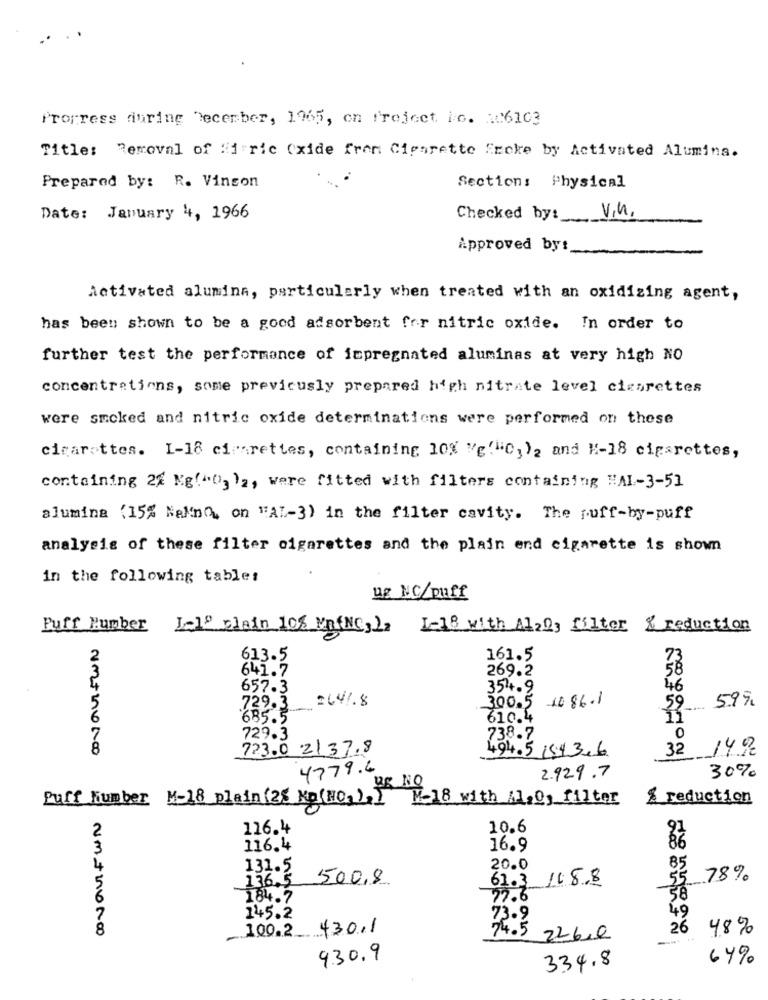
Propress during December, 1965, on freject ic. 106103
Title: Removal of fi ric (xide fron Cigarette freke by Activated Alumins.
Prepared by: R. Vinson
Section: Physical
Date: January 4, 1966
Checked by:
v.n.
Approved by:
Activated alumina, particularly when treated with an oxidizing agent,
has been shown to be a good adsorbent for nitric oxide. In order to
further test the performance of impregnated aluminas at very high NO
concentrations, some previously prepared high nitrate level cigarettes
were smoked and nitric oxide determinations were performed on these
cicarottes. 1-18 cigarettes, containing 10% Ve("03)2 and M-18 cigarettes,
containing 24 Kg(>O3 )a, were fitted with filters containing HAI-3-51
alumina (15% Nalino, on "AL-3) in the filter cavity. The juff-by-puff
analysis of these filter cigarettes and the plain end cigarette is shown
in the following table:
ug NC/ouff
Puff Number L-19 clain 108 VnfNC,La L-18 with Al20, filter & reduction
613.5
161.5
73
641.7
269.2
58
657.3
354.9
46
264%.8
300.5 10.86.1
729.3
685.3-
59.
599
610.4
729.3
738.7
0
723.0 2137.8
494.5 1543.6
32
149
4779.6
2.929.7
30%
BE NO
Puff number M-18 plain (28 Ko(NO, ), I
M-18 with A,O, filter
% reduction
2
116.4
10.6
116.4
16.9
131.5
20.0
136.5
500,8
61.3 /18.8
55 78%
184.7
72.
58
145.2
73.9
49
100.2
430.1
26
48%
74.5 226.0
9.30.9
334.8
64%